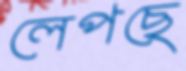
লেপছে